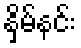
နှိမ်နင်း